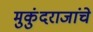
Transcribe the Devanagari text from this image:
मुकुंदराजांचे